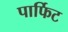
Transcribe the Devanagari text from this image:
पार्फिट